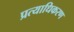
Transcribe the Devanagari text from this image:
प्रत्याधिकरण